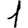
Digit: 1